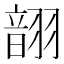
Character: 𫅬